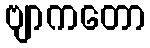
ဗျာကတော